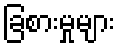
ခြစားမှုများ